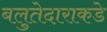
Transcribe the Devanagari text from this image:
बलुतेदाराकडे